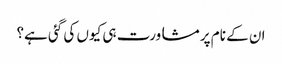
ان کے نام پر مشاورت ہی کیوں کی گئی ہے؟